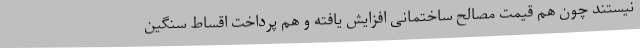
نیستند چون هم قیمت مصالح ساختمانی افزایش یافته و هم پرداخت اقساط سنگین